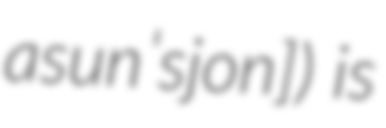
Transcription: asunˈsjon]) is